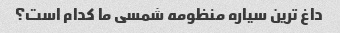
داغ ترین سیاره منظومه شمسی ما کدام است؟